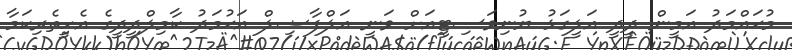
މުޙައްމަދު އަމީން ދީދީ އަލީގަޅު ޔުނިވަސިޓީއަށް ވަނީ އަލްފާޟިލް އަޙުމަދު ކާމިލްދީދީގެ އެހީތެރިކަމާ